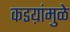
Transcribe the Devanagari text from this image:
कडय़ांमुळे